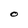
Character: O